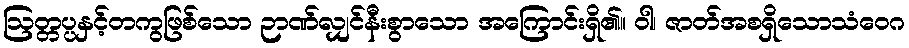
ဩတ္တပ္ပနှင့်တကွဖြစ်သော ဉာဏ်လျှင်နီးစွာသော အကြောင်းရှိ၏။ ဝါ၊ ဇာတ်အစရှိသောသံဝေဂ